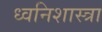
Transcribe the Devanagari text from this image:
ध्वनिशास्त्रा